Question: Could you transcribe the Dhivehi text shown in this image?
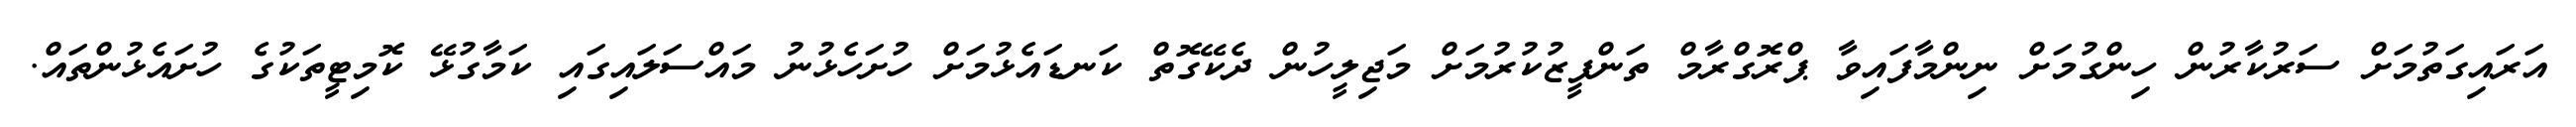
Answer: އަރައިގަތުމަށް ސަރުކާރުން ހިންގުމަށް ނިންމާފައިވާ ޕްރޮގްރާމް ތަންފީޒުކުރުމަށް މަޖިލީހުން ދެކޭގޮތް ކަނޑައެޅުމަށް ހުށަހެޅުނު މައްސަލައިގައި ކަމާގުޅޭ ކޮމިޓީތަކުގެ ހުށައެޅުންތައް.